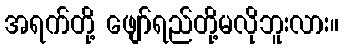
အရက်တို့ ဖျော်ရည်တို့မလိုဘူးလား။